Annual report of the Imperial Bacteriologist
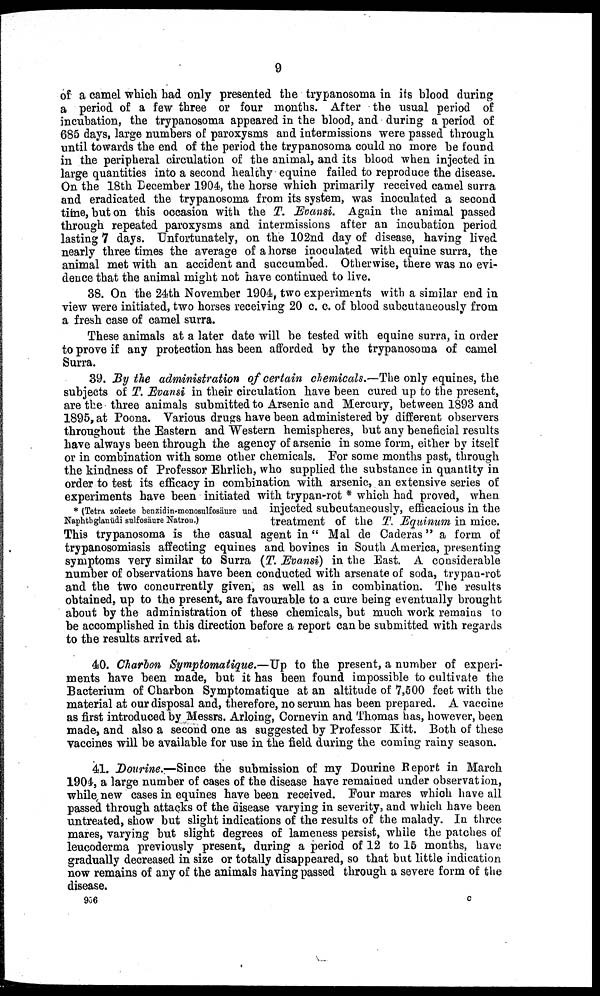
9
of a camel which had only presented the trypanosoma in its blood during
a period of a few three or four months. After the usual period of
incubation, the trypanosoma appeared in the blood, and during a period of
685 days, large numbers of paroxysms and intermissions were passed through
until towards the end of the period the trypanosoma could no more be found
in the peripheral circulation of the animal, and its blood when injected in
large quantities into a second healthy equine failed to reproduce the disease.
On the 18th December 1904, the horse which primarily received camel surra
and eradicated the trypanosoma from its system, was inoculated a second
time, but on this occasion with the T. Evansi. Again the animal passed
through repeated paroxysms and intermissions after an incubation period
lasting 7 days. Unfortunately, on the 102nd day of disease, having lived
nearly three times the average of a horse inoculated with equine surra, the
animal met with an accident and succumbed. Otherwise, there was no evi-
dence that the animal might not have continued to live.
38. On the 24th November 1904, two experiments with a similar end in
view were initiated, two horses receiving 20 c. c. of blood subcutaneously from
a fresh case of camel surra.
These animals at a later date will be tested with equine surra, in order
to prove if any protection has been afforded by the trypanosoma of camel
Surra.
39. By the administration of certain chemicals.—The only equines, the
subjects of T. Evansi in their circulation have been cured up to the present,
are the three animals submitted to Arsenic and Mercury, between 1893 and
1895, at Poona. Various drugs have been administered by different observers
throughout the Eastern and Western hemispheres, but any beneficial results
have always been through the agency of arsenic in some form, either by itself
or in combination with some other chemicals. For some months past, through
the kindness of Professor Ehrlich, who supplied the substance in quantity in
order to test its efficacy in combination with arsenic, an extensive series of
experiments have been initiated with trypan-rot * which had proved, when
* (Tetra zoieete benzidin-monosulfosäure and injected subcutaneously, efficacious in the
Naphtbglanüdi sulfosäure Natron.)
treatment of the T. Equinum in mice.
This trypanosoma is the casual agent in "Mal de Caderas" a form of
trypanosomiasis affecting equines and bovines in South America, presenting
symptoms very similar to Surra (T. Evansi) in the East. A considerable
number of observations have been conducted with arsenate of soda, trypan-rot
and the two concurrently given, as well as in combination. The results
obtained, up to the present, are favourable to a cure being eventually brought
about by the administration of these chemicals, but much work remains to
be accomplished in this direction before a report can be submitted with regards
to the results arrived at.
40. Charbon Symptomatique.—Up to the present, a number of experi-
ments have been made, but it has been found impossible to cultivate the
Bacterium of Charbon Symptomatique at an altitude of 7,500 feet with the
material at our disposal and, therefore, no serum has been prepared. A vaccine
as first introduced by Messrs. Arloing, Cornevin and Thomas has, however, been
made, and also a second one as suggested by Professor Kitt. Both of these
vaccines will be available for use in the field during the coming rainy season.
41. Dourine.—Since the submission of my Dourine Report in March
1904, a large number of cases of the disease have remained under observation,
while new cases in equines have been received. Four mares which have all
passed through attacks of the disease varying in severity, and which have been
untreated, show but slight indications of the results of the malady. In three
mares, varying but slight degrees of lameness persist, while the patches of
leucoderma previously present, during a period of 12 to 15 months, have
gradually decreased in size or totally disappeared, so that but little indication
now remains of any of the animals having passed through a severe form of the
disease.
956
C